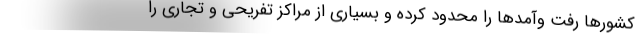
کشورها رفت وآمدها را محدود کرده و بسیاری از مراکز تفریحی و تجاری را